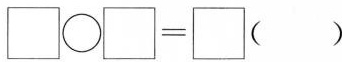
□○□=□( )